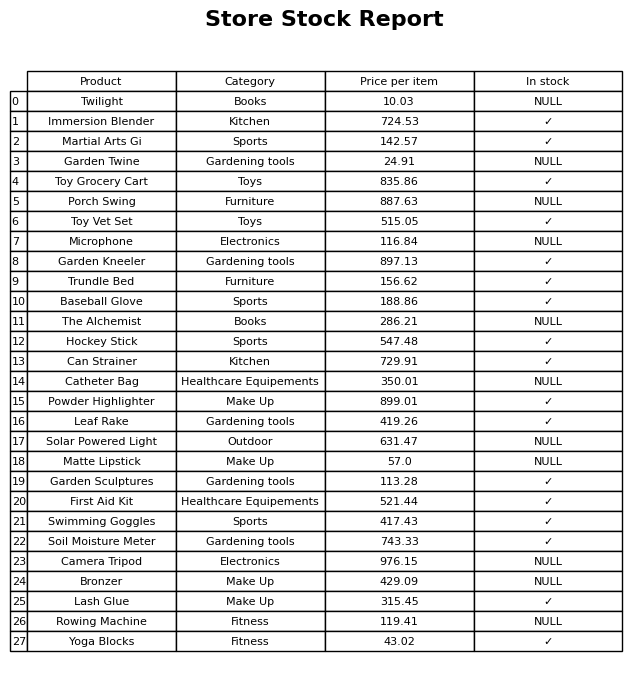
question: What is the price of the Porch Swing?
answer: The price of Porch Swing is 887.63.